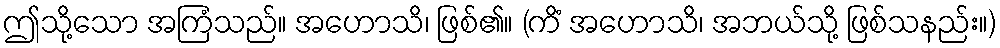
ဤသို့သော အကြံသည်။ အဟောသိ၊ ဖြစ်၏။ (ကိံ အဟောသိ၊ အဘယ်သို့ ဖြစ်သနည်း။)